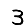
Digit: 3